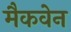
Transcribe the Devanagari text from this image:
मैकवेन